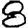
Digit: 8